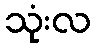
သုံးလ